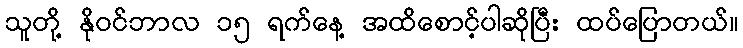
သူတို့ နိုဝင်ဘာလ ၁၅ ရက်နေ့ အထိစောင့်ပါဆိုပြီး ထပ်ပြောတယ်။